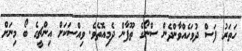
ހަތަރު ފަސް ދުވަހެއްވާންދެން ސްނޯގެ ތޫފާން ދެމިއޮތެވެ. ވިއްސަކަށް އިންޗީގެ ބޯ މިނަށް